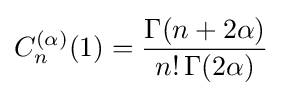
C_{n}^{(\alpha )}(1)={\frac {\Gamma (n+2\alpha )}{n!\,\Gamma (2\alpha )}}